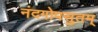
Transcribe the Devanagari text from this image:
नंदगोपसुतम्